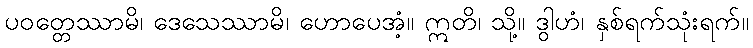
ပဝတ္တေဿာမိ၊ ဒေသေဿာမိ၊ ဟောပေအံ့။ ဣတိ၊ သို့။ ဒွါဟံ၊ နှစ်ရက်သုံးရက်။